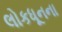
લોકધૂનના